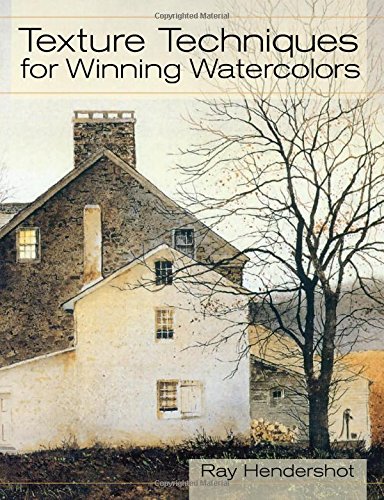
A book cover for Texture Techniques for Winning Watercolors; Ray Hendershot; Arts & Photography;